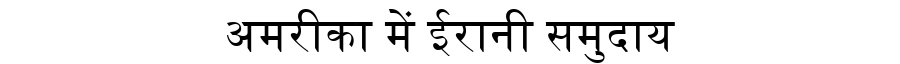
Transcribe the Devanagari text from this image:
अमरीका में ईरानी समुदाय